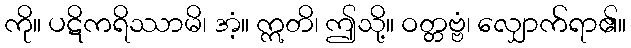
ကို။ ပဋိကရိဿာမိ၊ အံ့။ ဣတိ၊ ဤသို့။ ဝတ္တဗ္ဗံ၊ လျှောက်ရာ၏။